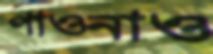
পাওনাও